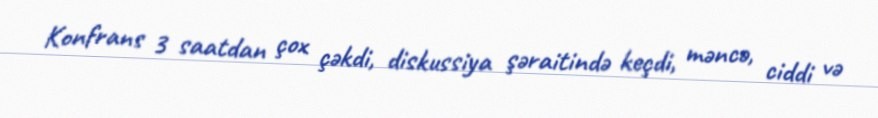
Konfrans 3 saatdan çox çəkdi, diskussiya şəraitində keçdi, məncə, ciddi və